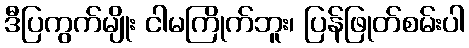
ဒီပြကွက်မျိုး ငါမကြိုက်ဘူး၊ ပြန်ဖြုတ်စမ်းပါ